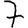
Digit: 7